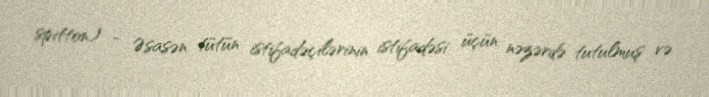
spitton) - Əsasən tütün istifadəçilərinin istifadəsi üçün nəzərdə tutulmuş və